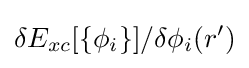
\delta E_{xc}[\{\phi _{i}\}]/\delta \phi _{i}(r')